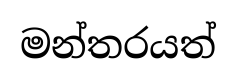
මන්තරයත්